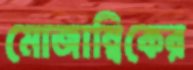
মোজাম্বিকের